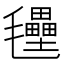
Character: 𭯭